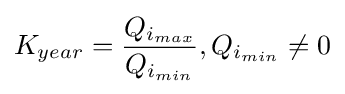
K_{year}={Q_{i_{max}} \over {Q_{i_{min}}}},{Q_{i_{min}}}\neq 0